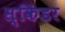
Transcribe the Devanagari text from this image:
स्किंडर